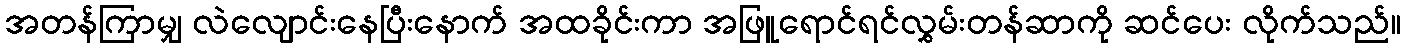
အတန်ကြာမျှ လဲလျောင်းနေပြီးနောက် အထခိုင်းကာ အဖြူရောင်ရင်လွှမ်းတန်ဆာကို ဆင်ပေး လိုက်သည်။